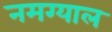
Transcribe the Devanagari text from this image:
नमग्याल